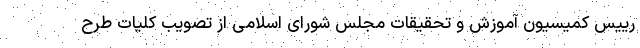
رییس کمیسیون آموزش و تحقیقات مجلس شورای اسلامی از تصویب کلیات طرح